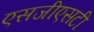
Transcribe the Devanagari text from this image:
एसजीएसटी